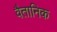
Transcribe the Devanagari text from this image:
वैतानिक